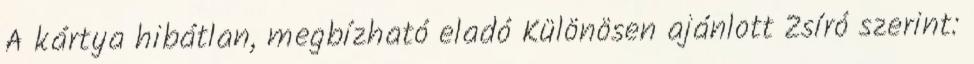
A kártya hibátlan, megbízható eladó Különösen ajánlott Zsíró szerint: